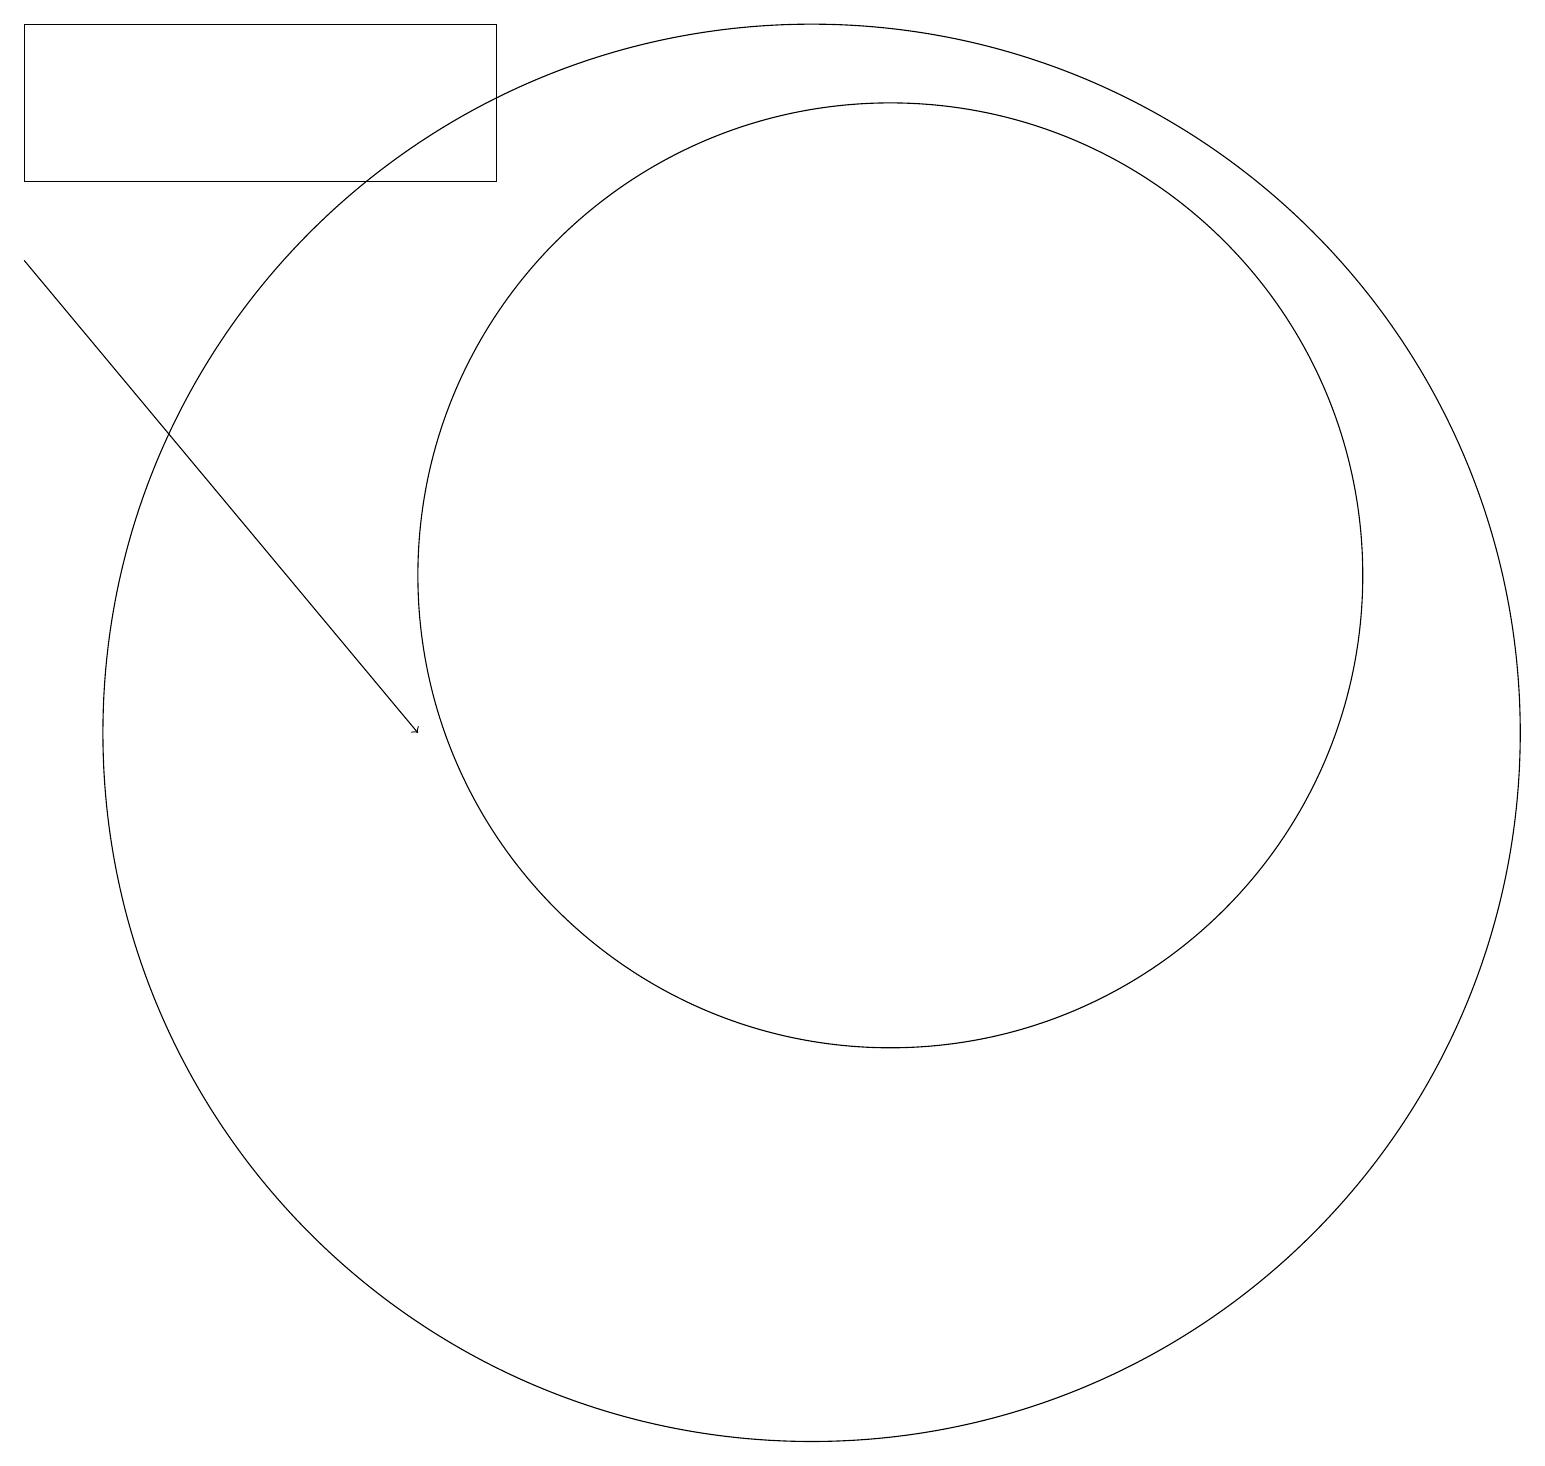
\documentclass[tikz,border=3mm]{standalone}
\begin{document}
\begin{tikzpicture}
\draw[->] (0,16) -- (5,10);
\draw (10,10) circle (9);
\draw (6,17) rectangle (0,19);
\draw (11,12) circle (6);
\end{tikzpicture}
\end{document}